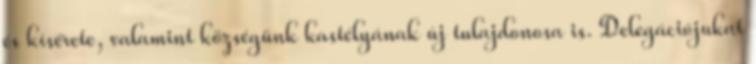
és kísérete, valamint községünk kastélyának új tulajdonosa is. Delegációjukat